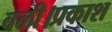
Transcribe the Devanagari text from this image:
बळी।प्रकाश